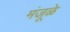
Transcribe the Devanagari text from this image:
मंजूळे